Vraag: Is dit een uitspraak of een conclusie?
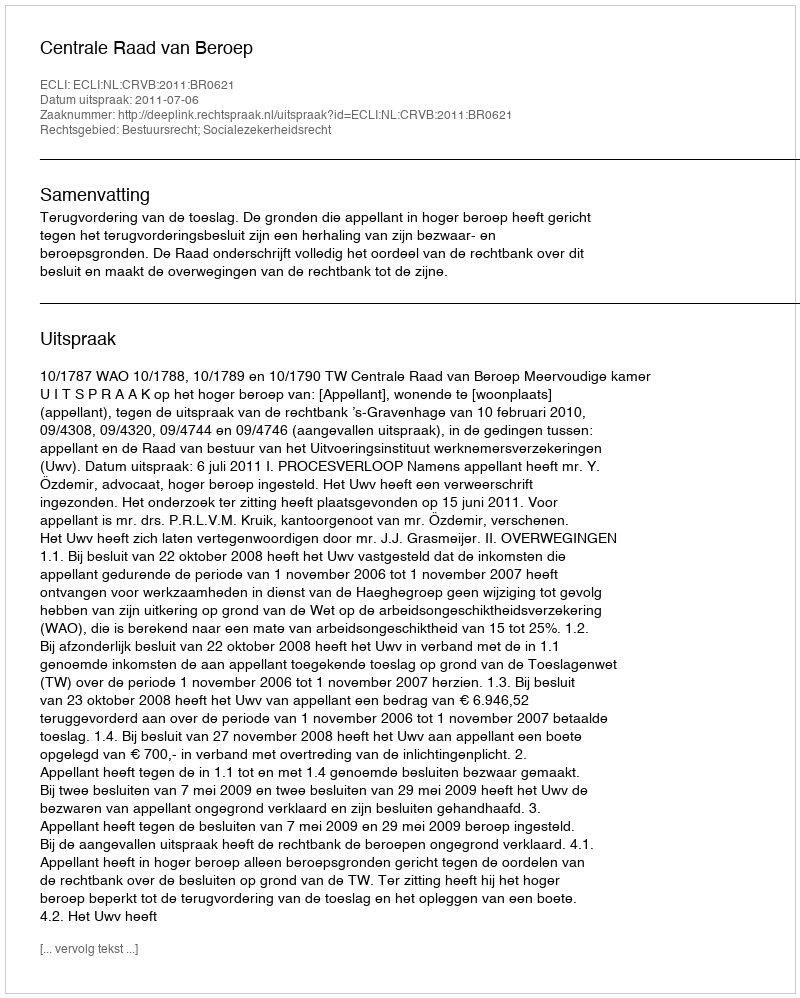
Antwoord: Uitspraak